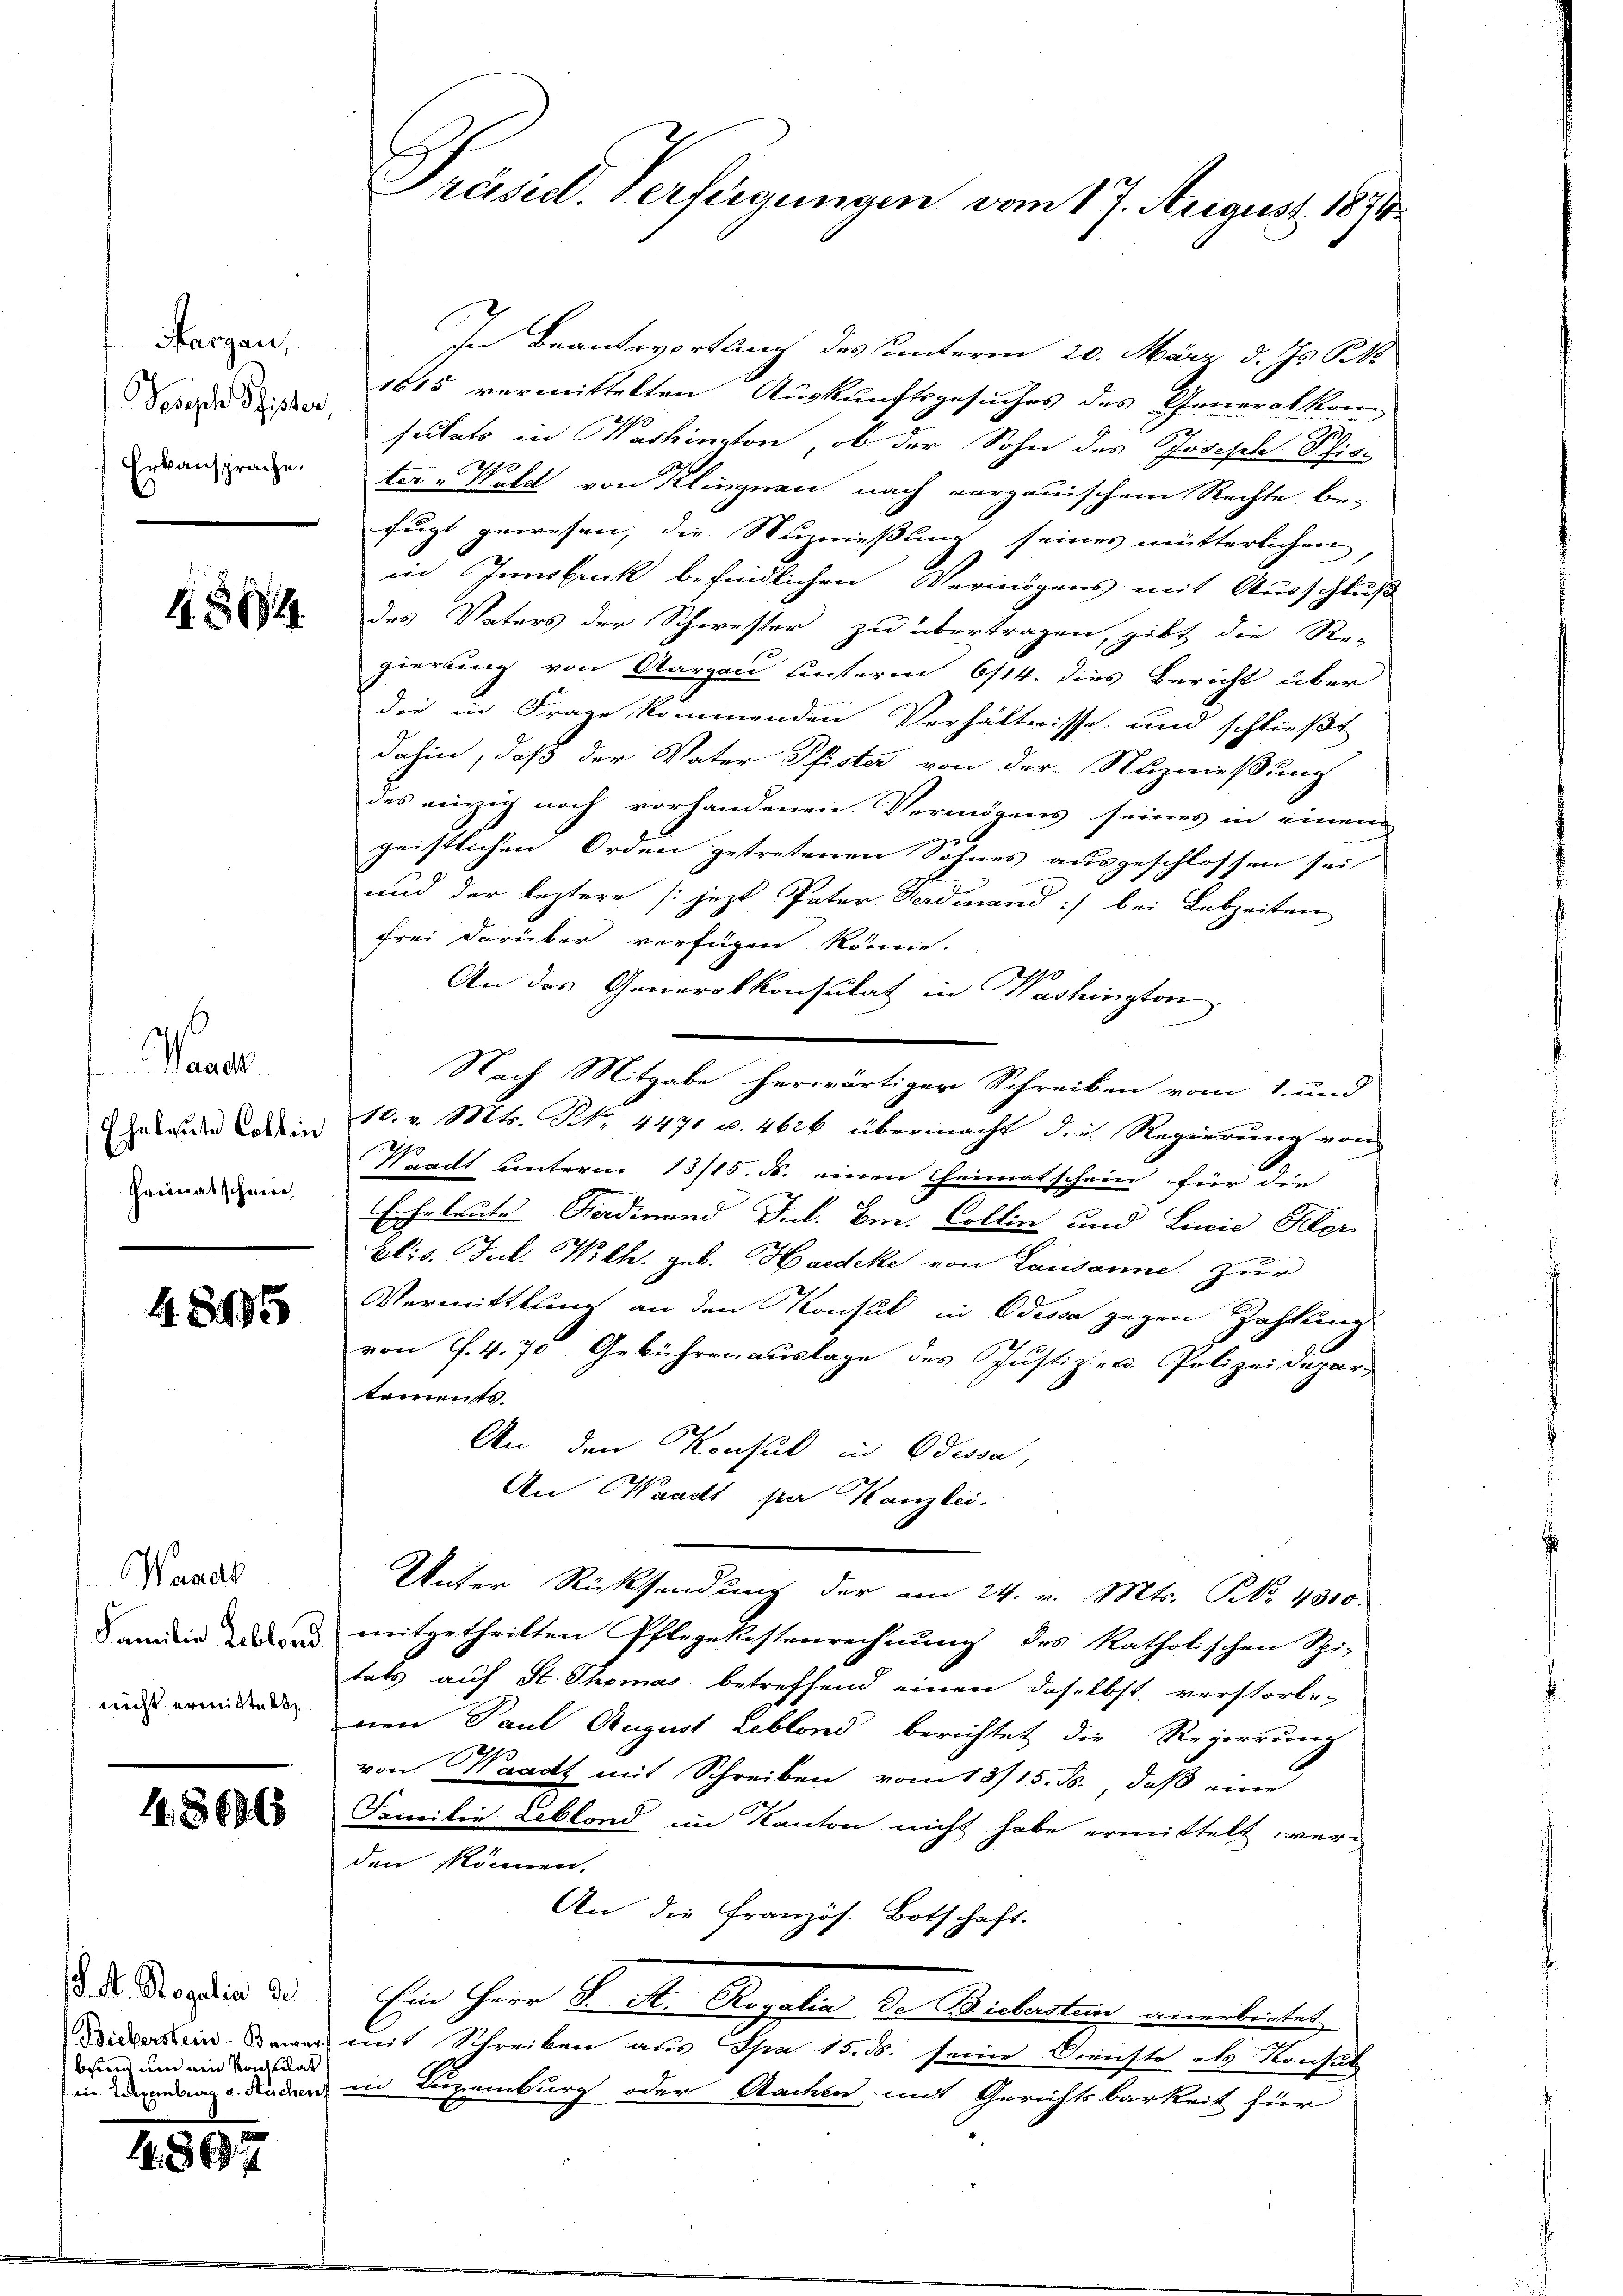
Margau,
Pesich Pfister,
Erkansprache.

1364.

Paral
Eheleute Collen
Freimatschnee

1.8495

Wandl
Familie Leblond
nicht ermittelt

486915

d. R. Regalis de
Bieberstein-Bawer
bisen um ein Nachlat
iin Liegenburg v. Kuchen

4897

Präsid. Verfügungen vom 17. August 1871

In Beantwortung des unterm 20. März d. Js. k
1615 vermittelten Auskunftsgesuches des Generalkom
seitets in Washington, ob der Sohn des Joseph Pfis¬
0
ter u Wald von Klingnau nach Aargauischem Rechte be-
fugt gewesen, die Nuznießung seines mütterlichen,
in Innsbruck befindlichen Vermögens mit Ausschluß
des Vaters der Schwester zu übertragen, gibt die Re-
gierung von Aargau hinterm 6/14. dies Bericht über
die in Frage kommenden Verhältnisse und schließt
dahin, daß der Vater Pfister von der Nuznießung
des einzig noch vorhandenen Vermögens seines in einem
geistlichen Orden getretenen Sohnes ausgeschlossen sei,
und der leztere [jezt Pater Ferdinand :/ bei Lebzeiten
frei darüber verfügen könne.
An das Generalkonsulat in Washington
Nach Mitgabe herwärtiger Schreiben vom 1. und
10. v. Mts. No. 4471 u. 4626 übermacht die Regierung von
Waadt unterm 13/15. M. einen Heimatschein für die
Eheleute Nadinand Jul. Im Collin und Linie Kler
Elis. Jul. Wilh. geb. Haedeke von Lausanne zur
Vermittlung an den Konsul in Odessa gegen Zahlung
von S. 470. Gebührenauslage des Justiz- u. Polizeidepar
kements.
An den Konsul in Odessa,
An Waadt per Kanzlei.
Unter Rücksendung der am 24. v. Mts. NNo. 4300.
mitgetheilten Pflegekostenrechnung des katholischen Spi-
tats auf St. Thomas betreffend einen daselbst verstorbe-
nen Paul August Leblond berichtet die Regierung
von Waadt mit Schreiben vom 13/15. ds., daß eine
Familie Leblond im Kanton nicht habe ermittelt werden können.
An die Französ. Botschaft.
Ein Herr P. R. Rogatin de Bickerstens anerbeitet
mit Schreiben aus Spa 15. ds. seine Dienste als Konsul
in Luzenburg oder Aachen mit Gerichtsbarkeit für